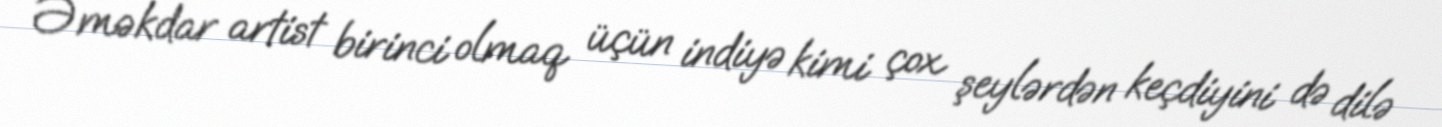
Əməkdar artist birinci olmaq üçün indiyə kimi çox şeylərdən keçdiyini də dilə